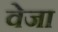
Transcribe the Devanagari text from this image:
वेजा